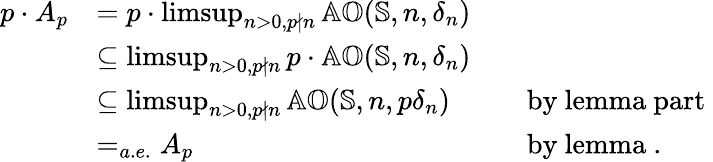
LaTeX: \begin{array}{rlrl}{p\cdot A_{p}}&{=p\cdot\operatorname*{limsup}_{n>0,p\nmid n}\mathbb{AO}(\mathbb{S},n,\delta_{n})}\\ &{\subseteq\operatorname*{limsup}_{n>0,p\nmid n}p\cdot\mathbb{AO}(\mathbb{S},n,\delta_{n})}\\ &{\subseteq\operatorname*{limsup}_{n>0,p\nmid n}\mathbb{AO}(\mathbb{S},n,p\delta_{n})}&&{\mathrm{by~lemma~part~}}\\ &{=_{a.e.}A_{p}}&&{\mathrm{by~lemma~.}}\end{array}